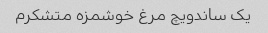
یک ساندویچ مرغ خوشمزه متشکرم